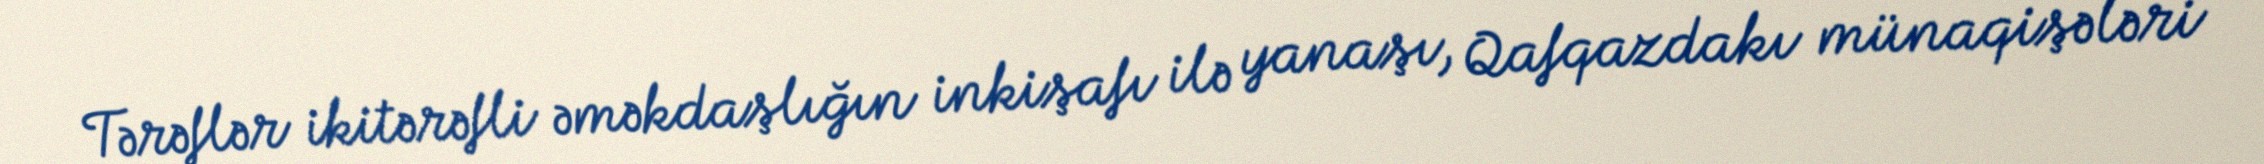
Tərəflər ikitərəfli əməkdaşlığın inkişafı ilə yanaşı, Qafqazdakı münaqişələri